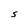
Character: S